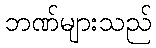
ဘဏ်များသည်